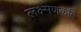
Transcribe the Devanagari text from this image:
लक्ष्मणकवि